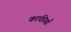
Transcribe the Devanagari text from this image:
काफीयाँ